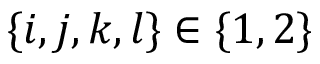
\{ i , j , k , l \} \in \{ 1 , 2 \}